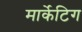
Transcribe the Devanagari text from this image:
मार्केटिग